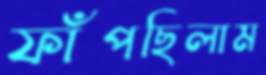
ফাঁপছিলাম